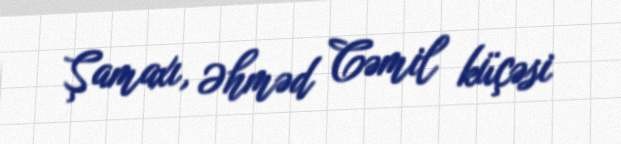
Şamaxı, Əhməd Cəmil küçəsi